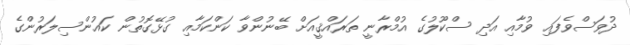
ދުވަސްވެފައި ވުމާއި އަދި ސްކޫލުގެ އުމްރާނީ ތަރައްޤީއަށް ބޭނުންވާ ކަންކަމާއި ގުޅޭގޮތުން ކައުންސިލަރުންގެ